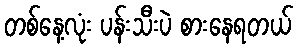
တစ်နေ့လုံး ပန်းသီးပဲ စားနေရတယ်